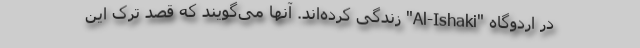
در اردوگاه "Al-Ishaki" زندگی کرده‌اند. آنها می‌گویند که قصد ترک این